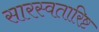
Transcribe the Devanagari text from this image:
सारस्वतारिष्ट